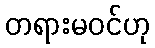
တရားမဝင်ဟု